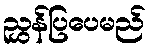
ညွှန်ပြပေမည်